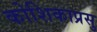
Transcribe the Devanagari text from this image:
कोशिकाप्रसु